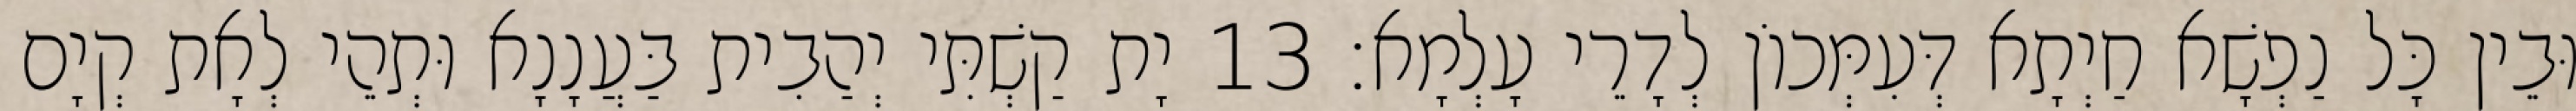
וּבֵין כָּל נַפְשָׁא חַיְתָא דְּעִמְּכוֹן לְדָרֵי עָלְמָא׃ 13 יָת קַשְׁתִּי יְהַבִית בַּעֲנָנָא וּתְהֵי לְאָת קְיָם